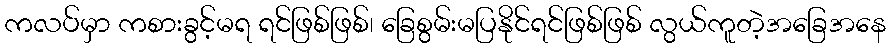
ကလပ်မှာ ကစားခွင့်မရ ရင်ဖြစ်ဖြစ်၊ ခြေစွမ်းမပြနိုင်ရင်ဖြစ်ဖြစ် လွယ်ကူတဲ့အခြေအနေ